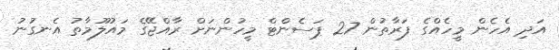
އަދި އެހެން މީހެއްގެ ފަރާތުން 27 ޕަސެންޓް މީހުންނަށް ރާއްޖޭގެ މައުލޫމާތު އެނގުނު